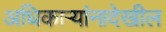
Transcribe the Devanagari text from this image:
अधिकाऱ्यांनादेखील